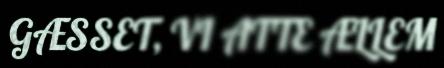
GÆSSET, VI ATTE ÆLLEM